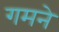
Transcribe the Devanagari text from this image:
गमने